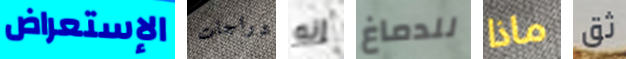
الإستعراض دراجات إنه للدماغ ماذا ثق